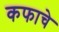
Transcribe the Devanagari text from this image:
कफाचे